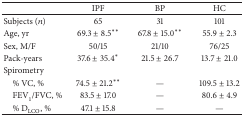
|  | IPF | BP | HC |
 | --- | --- | --- | --- |
 | Subjects (n) | 65 | 31 | 101 |
 | Age, yr | 69.3 ± 8.5∗∗ | 67.8 ± 15.0∗∗ | 55.9 ± 2.3 |
 | Sex, M/F | 50/15 | 21/10 | 76/25 |
 | Pack-years | 37.6 ± 35.4∗ | 21.5 ± 26.7 | 13.7 ± 21.0 |
 | Spirometry |  |  |  |
 | % VC, % | 74.5 ± 21.2∗∗ | — | 109.5 ± 13.2 |
 | FEV1/FVC, % | 83.5 ± 17.0 | — | 80.6 ± 4.9 |
 | % DLCO, % | 47.1 ± 15.8 | — | — |